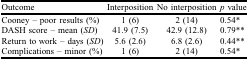
<table><thead><tr><td><b>Outcome</b></td><td><b>Interposition</b></td><td><b>No interposition</b></td><td><b><i>p</i> value</b></td></tr></thead><tbody><tr><td>Cooney – poor results (%)</td><td>1 (6)</td><td>2 (14)</td><td>0.54*</td></tr><tr><td>DASH score – mean (<i>SD</i>)</td><td>41.9 (7.5)</td><td>42.9 (12.8)</td><td>0.79**</td></tr><tr><td>Return to work – days (<i>SD</i>)</td><td>5.6 (2.6)</td><td>6.8 (2.6)</td><td>0.44**</td></tr><tr><td>Complications – minor (%)</td><td>1 (6)</td><td>2 (14)</td><td>0.54*</td></tr></tbody></table>